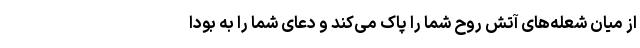
از میان شعله‌های آتش روح شما را پاک می‌کند و دعای شما را به بودا